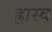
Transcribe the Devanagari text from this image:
ह्रास्व